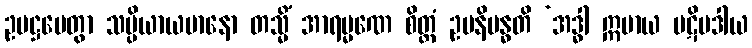
ဥပဋ္ဌပေတွာ သမ္ပိယာယမာနော တသ္မိံ အာရမ္မဏေ စိတ္တံ ဥပနိဗန္ဓတိ ‘အဒ္ဓါ ဣမာယ ပဋိပဒါယ